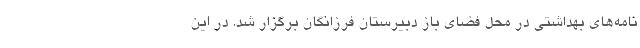
نامه‌های بهداشتی در محل فضای باز دبیرستان فرزانگان برگزار شد. در این